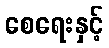
စေရေးနှင့်